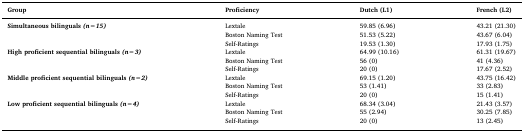
<table><thead><tr><td><b>Group</b></td><td><b>Proficiency</b></td><td><b>Dutch (L1)</b></td><td><b>French (L2)</b></td></tr></thead><tbody><tr><td><b>Simultaneous bilinguals</b><i><b>(n=15)</b></i></td><td>Lextale</td><td>59.85 (6.96)</td><td>43.21 (21.30)</td></tr><tr><td></td><td>Boston Naming Test</td><td>51.53 (5.22)</td><td>43.67 (6.04)</td></tr><tr><td></td><td>Self-Ratings</td><td>19.53 (1.30)</td><td>17.93 (1.75)</td></tr><tr><td><b>High proficient sequential bilinguals</b><i><b>(n=3)</b></i></td><td>Lextale</td><td>64.99 (10.16)</td><td>61.31 (19.67)</td></tr><tr><td></td><td>Boston Naming Test</td><td>56 (0)</td><td>41 (4.36)</td></tr><tr><td></td><td>Self-Ratings</td><td>20 (0)</td><td>17.67 (2.52)</td></tr><tr><td><b>Middle proficient sequential bilinguals</b><i><b>(n=2)</b></i></td><td>Lextale</td><td>69.15 (1.20)</td><td>43.75 (16.42)</td></tr><tr><td></td><td>Boston Naming Test</td><td>53 (1.41)</td><td>33 (2.83)</td></tr><tr><td></td><td>Self-Ratings</td><td>20 (0)</td><td>15 (1.41)</td></tr><tr><td><b>Low proficient sequential bilinguals</b><i><b>(n=4)</b></i></td><td>Lextale</td><td>68.34 (3.04)</td><td>21.43 (3.57)</td></tr><tr><td></td><td>Boston Naming Test</td><td>55 (2.94)</td><td>30.25 (7.85)</td></tr><tr><td></td><td>Self-Ratings</td><td>20 (0)</td><td>13 (2.45)</td></tr></tbody></table>